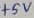
Text: +5V